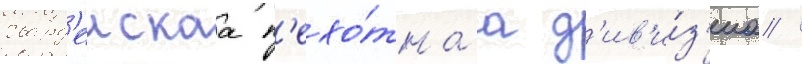
гвард'еискаа п'ехо́тнаа д'ив'и́з'иа /